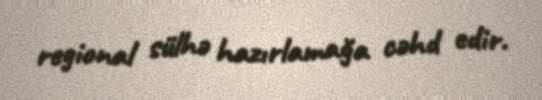
regional sülhə hazırlamağa cəhd edir.